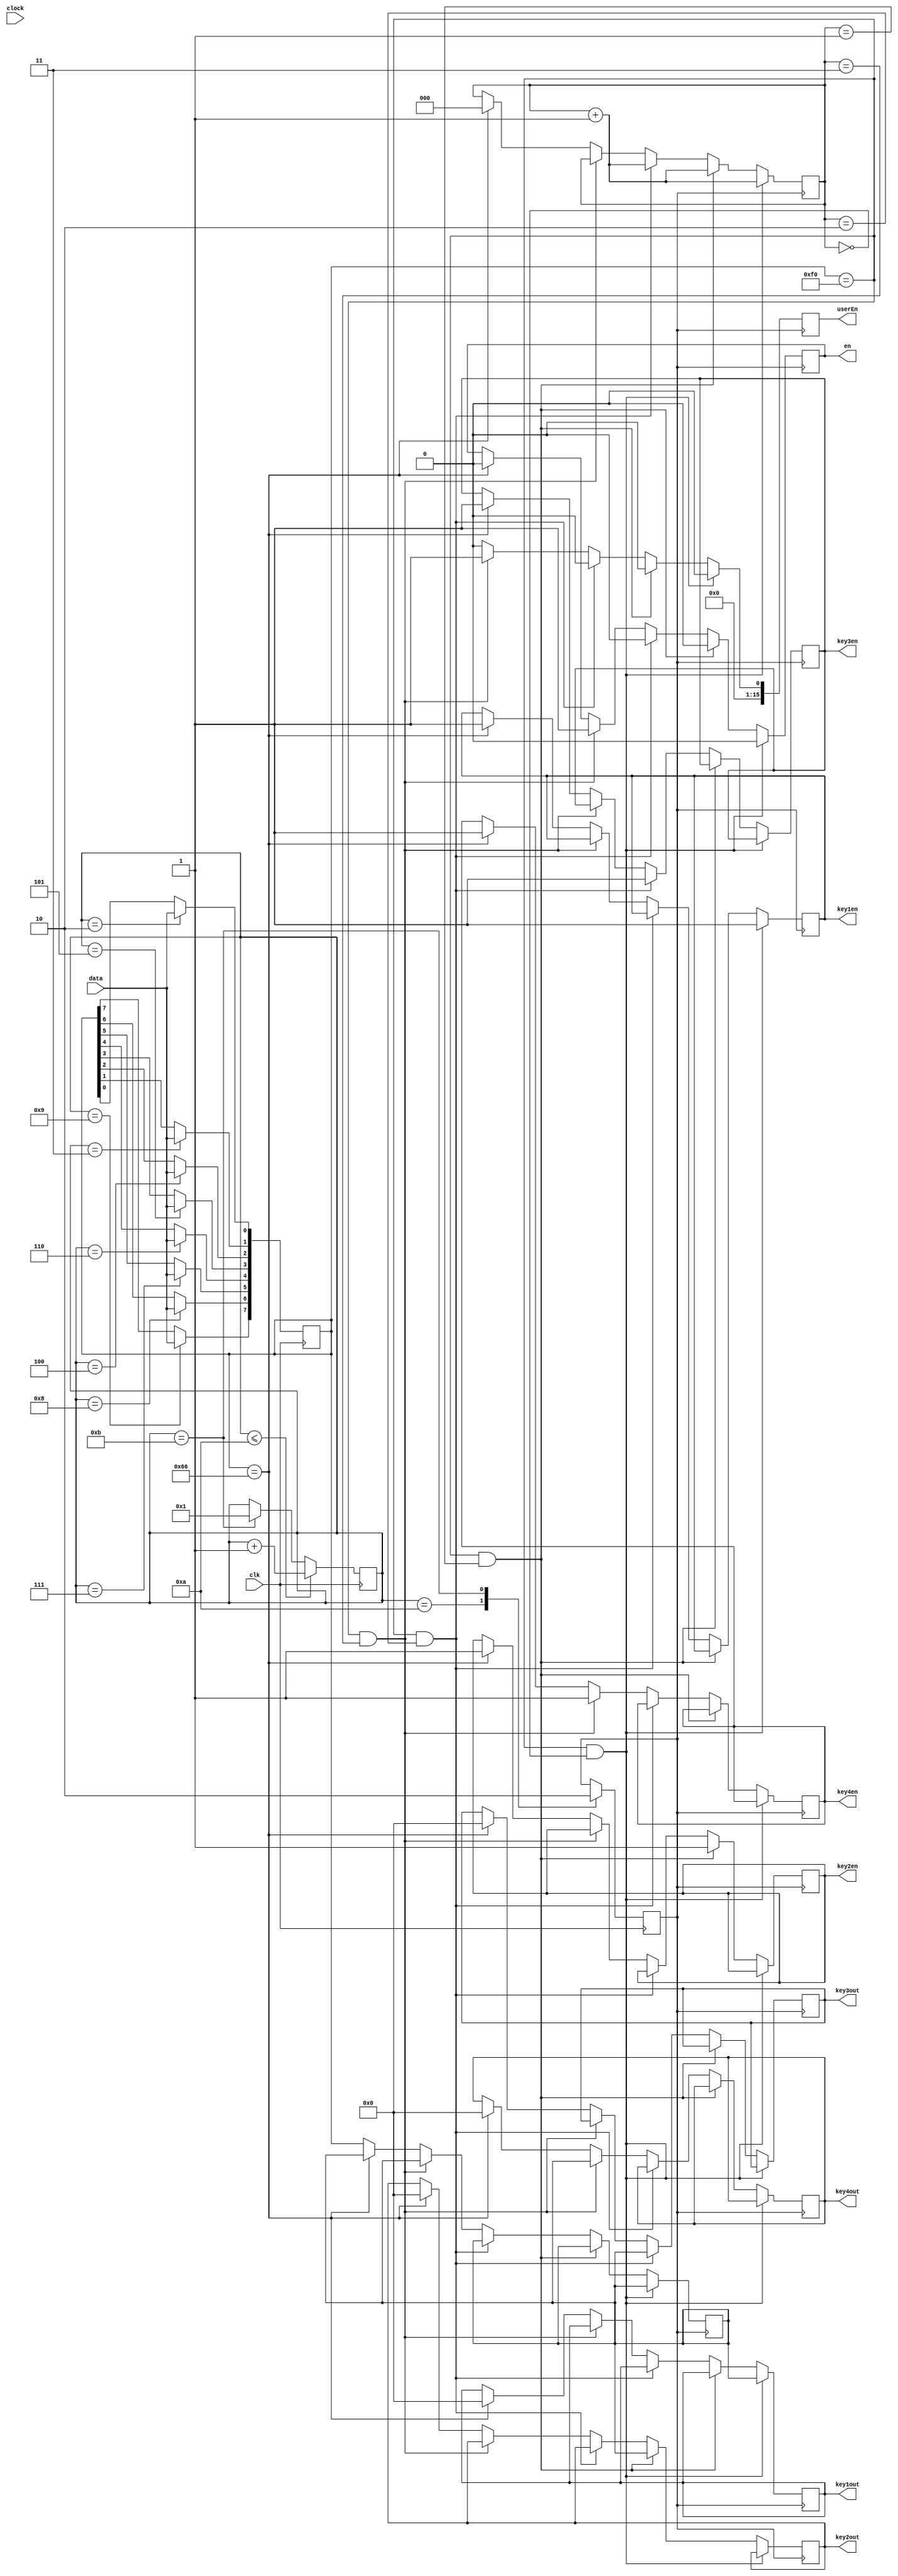
module Keyboard_Receiver(clk,clock, data, key1out, key2out, key3out, key4out, en, key1en,key2en,key3en, key4en, userEn);
input clk, clock;
input data; 
output reg [7:0] key1out, key2out, key3out, key4out;
output reg en, key1en, key2en, key3en, key4en;  
output reg [15:0] userEn;
reg [7:0] data_curr, data_pre;
reg [3:0] b; 
reg [2:0] count; 
reg flag; 



initial begin 
b = 4'd1;
data_curr = 8'd0;
data_enter = 8'd0;
data_pre = 8'd0;
flag = 0; 
count = 0; 
end 

always@(negedge clk)
	begin 
		case(b)//get the 1 bit value on every negedge of the clock 
			1:;
			2:begin 
				data_curr[0] <= data;
			end 
			3:begin 
				data_curr[1] <= data;
			end 
			4:begin 
				data_curr[2] <= data;
			end 
			5:begin 
				data_curr[3] <= data;
			end 
			6:begin 
				data_curr[4] <= data;
			end 
			7:begin 
				data_curr[5] <= data;
			end 
			8:begin 
				data_curr[6] <= data;
			end 
			9:begin 
				data_curr[7] <= data;
			end 
			10: begin 
				flag <= 1;
			end
			11: flag <= 0;

			
		endcase 
		if(b<=10)
			b <= b+1; 
		else if(b==11)
			b <= 1;
	end

	always@(posedge flag )begin 
		if(data_curr == 8'hF0 && count == 0)begin //get first key 
			en = 0; 
			key1out = data_pre;
			key1en = 1; 
			count = count + 1;
			userEn = 16'd0;
			end 
		else if(data_curr == 8'hF0 && count == 1)begin //get second key 
			en = 0; 
			key2out = data_pre;
			key2en = 1; 
			count = count + 1; 
			userEn = 16'd0;
		end 
		else if(data_curr == 8'hF0 && count == 2)begin//get third key 
			en = 0; 
			key3out = data_pre;
			key3en = 1; 
			count = count + 1;
			userEn = 16'd0;
		end 
		else if(data_curr == 8'hF0 && count == 3)begin //get the last key to enable the move 
			key4out = data_pre;
			key4en = 1; 
			userEn = 16'd1;
			en = 1;
		end 
		else if(data_curr == 8'h66)begin //if backspace then clear everything 
			key1out = 8'd0; 
			key3out = 8'd0; 
			key4out = 8'd0; 
			key2out = 8'd0;
			key1en = 1; 
			key2en = 1; 
			key3en = 1; 
			key4en = 1; 
			count = 0; 
			en=0;
			userEn = 16'd0;
		end 
		else begin 
			data_pre = data_curr;
			userEn = 16'd0;
		end 
	end 

endmodule